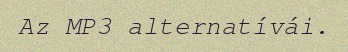
Az MP3 alternatívái.